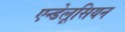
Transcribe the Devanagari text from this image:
एन्डेलूसियन